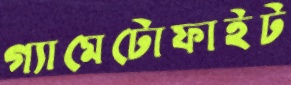
গ্যামেটোফাইট